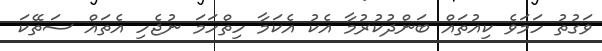
ވަގުތު ހަމަވެ ކިއުތައް ބަންދުކުރުމާ އެކު އެކަމާ ހިތްހަމަ ނުޖެހި އެތައް ސަތޭކަ